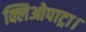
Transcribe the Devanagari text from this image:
क्लिओपाट्रा।